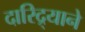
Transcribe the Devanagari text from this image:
दारिद्र्याने